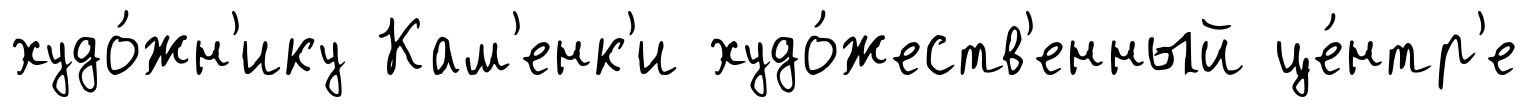
худо́жн'ику Кам'енк'и худо́жеств'енный це́нтр'е